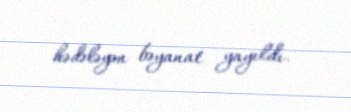
hədələyən bəyanat yayıldı.